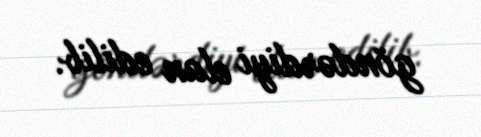
göndərdiyi elan edilib.